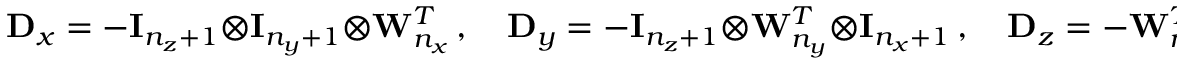
\mathbf D _ { x } = - \mathbf I _ { n _ { z } + 1 } \otimes \mathbf I _ { n _ { y } + 1 } \otimes \mathbf W _ { n _ { x } } ^ { T } \, , \quad \mathbf D _ { y } = - \mathbf I _ { n _ { z } + 1 } \otimes \mathbf W _ { n _ { y } } ^ { T } \otimes \mathbf I _ { n _ { x } + 1 } \, , \quad \mathbf D _ { z } = - \mathbf W _ { n _ { z } } ^ { T } \otimes \mathbf I _ { n _ { y } + 1 } \otimes \mathbf I _ { n _ { x } + 1 } \, ,